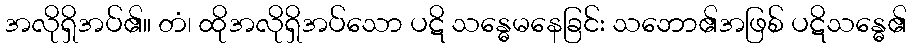
အလိုရှိအပ်၏။ တံ၊ ထိုအလိုရှိအပ်သော ပဋိ သန္ဓေမနေခြင်း သဘော၏အဖြစ် ပဋိသန္ဓေ၏